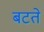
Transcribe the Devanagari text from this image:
बटते